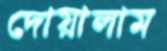
দোয়ালাম